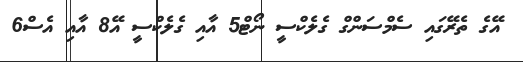
އޭގެ ތެރޭގައި ސެމްސަންގް ގެލެކްސީ ނޯޓް5 އާއި ގެލެކްސީ އޭ8 އާއި އެސް6